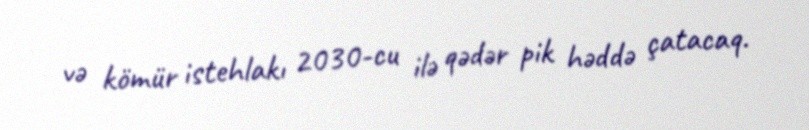
və kömür istehlakı 2030-cu ilə qədər pik həddə çatacaq.